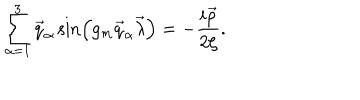
\sum _ { \alpha = 1 } ^ { 3 } \vec { q } _ { \alpha } \sin \left( g _ { m } \vec { q } _ { \alpha } \vec { \lambda } \right) = - \frac { i \vec { \rho } } { 2 \zeta } .